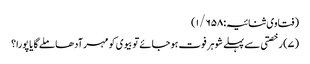
(فتاوی ثنائیہ:۱/۶۵۸)
(۷) رخصتی سے پہلے شوہر فوت ہوجائے تو بیوی کو مہر آدھا ملے گا یا پورا؟